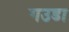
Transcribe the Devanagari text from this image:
गउडा